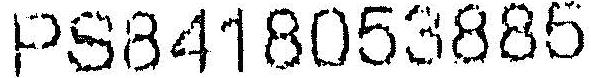
PS8418053885